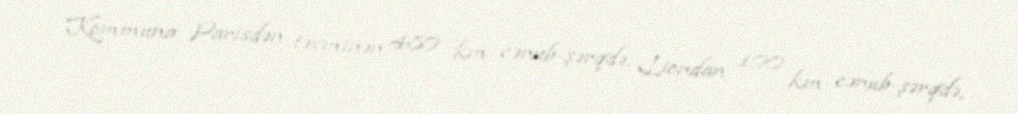
Kommuna Parisdən təxminən 480 km cənub-şərqdə, Liondan 100 km cənub-şərqdə,